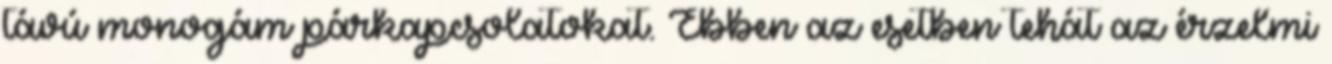
távú monogám párkapcsolatokat. Ebben az esetben tehát az érzelmi